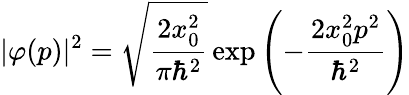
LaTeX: |\varphi(p)|^{2}={\sqrt{\frac{2x_{0}^{2}}{\pi\hbar^{2}}}}\exp{\left(-{\frac{2x_{0}^{2}p^{2}}{\hbar^{2}}}\right)}